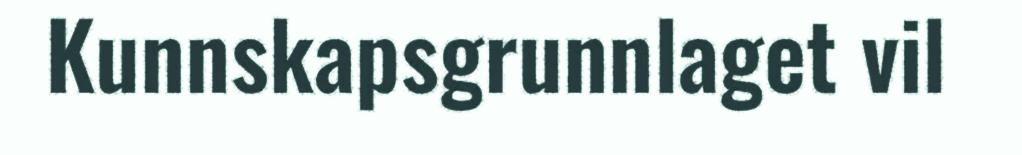
Kunnskapsgrunnlaget vil